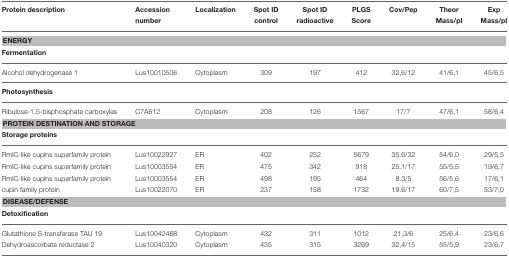
<table><thead><tr><td><b>Protein description</b></td><td><b>Accession number</b></td><td><b>Localization</b></td><td><b>Spot ID control</b></td><td><b>Spot ID radioactive</b></td><td><b>PLGS Score</b></td><td><b>Cov/Pep</b></td><td><b>Theor Mass/pI</b></td><td><b>Exp Mass/pI</b></td></tr></thead><tbody><tr><td colspan="9"><b>ENERGY</b></td></tr><tr><td colspan="9"><b>Fermentation</b></td></tr><tr><td>Alcohol dehydrogenase 1</td><td>Lus10010506</td><td>Cytoplasm</td><td>309</td><td>197</td><td>412</td><td>32,6/12</td><td>41/6,1</td><td>45/6,5</td></tr><tr><td colspan="9"><b>Photosynthesis</b></td></tr><tr><td>Ribulose-1,5-bisphosphate carboxylas</td><td>C7A612</td><td>Cytoplasm</td><td>208</td><td>126</td><td>1567</td><td>17/7</td><td>47/6,1</td><td>58/6,4</td></tr><tr><td colspan="9"><b>PROTEIN DESTINATION AND STORAGE</b></td></tr><tr><td colspan="9"><b>Storage proteins</b></td></tr><tr><td>RmlC-like cupins superfamily protein</td><td>Lus10022927</td><td>ER</td><td>402</td><td>252</td><td>5679</td><td>35.6/32</td><td>54/6,0</td><td>29/5,5</td></tr><tr><td>RmlC-like cupins superfamily protein</td><td>Lus10003554</td><td>ER</td><td>475</td><td>342</td><td>918</td><td>25.1/17</td><td>55/5,5</td><td>19/6,7</td></tr><tr><td>RmlC-like cupins superfamily protein</td><td>Lus10003554</td><td>ER</td><td>498</td><td>195</td><td>464</td><td>8.3/5</td><td>56/5,6</td><td>17/6,1</td></tr><tr><td>cupin family protein</td><td>Lus10022070</td><td>ER</td><td>237</td><td>158</td><td>1732</td><td>19.6/17</td><td>60/7,5</td><td>53/7,0</td></tr><tr><td colspan="9"><b>DISEASE/DEFENSE</b></td></tr><tr><td colspan="9"><b>Detoxification</b></td></tr><tr><td>Glutathione S-transferase TAU 19</td><td>Lus10042468</td><td>Cytoplasm</td><td>432</td><td>311</td><td>1012</td><td>21,3/6</td><td>25/6,4</td><td>23/6,6</td></tr><tr><td>Dehydroascorbate reductase 2</td><td>Lus10040320</td><td>Cytoplasm</td><td>435</td><td>315</td><td>3269</td><td>32,4/15</td><td>55/5,9</td><td>23/6,7</td></tr></tbody></table>